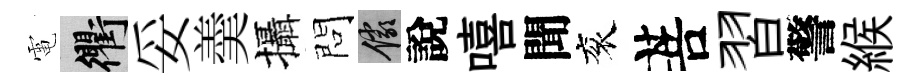
電衢妥羮攝問儼說嘻聞衮菩習警緱